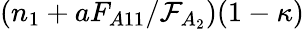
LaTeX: (n_{1}+aF_{A11}/\mathcal{F}_{A_{2}})(1-\kappa)